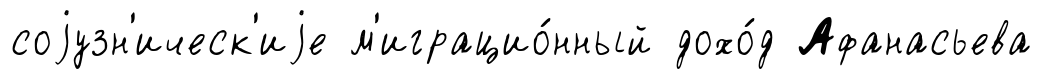
соjузн'ическ'иjе м'играцио́нный дохо́д Афанасьева